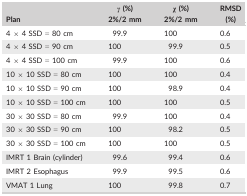
<table><thead><tr><td><b>Plan</b></td><td><b><i>γ</i> (%) 2%/2 mm</b></td><td><b><i>χ</i> (%) 2%/2 mm</b></td><td><b>RMSD (%)</b></td></tr></thead><tbody><tr><td>4 × 4 SSD = 80 cm</td><td>99.9</td><td>100</td><td>0.6</td></tr><tr><td>4 × 4 SSD = 90 cm</td><td>100</td><td>99.9</td><td>0.5</td></tr><tr><td>4 × 4 SSD = 100 cm</td><td>99.9</td><td>100</td><td>0.6</td></tr><tr><td>10 × 10 SSD = 80 cm</td><td>100</td><td>100</td><td>0.4</td></tr><tr><td>10 × 10 SSD = 90 cm</td><td>100</td><td>98.9</td><td>0.4</td></tr><tr><td>10 × 10 SSD = 100 cm</td><td>100</td><td>100</td><td>0.5</td></tr><tr><td>30 × 30 SSD = 80 cm</td><td>99.9</td><td>100</td><td>0.4</td></tr><tr><td>30 × 30 SSD = 90 cm</td><td>100</td><td>98.2</td><td>0.5</td></tr><tr><td>30 × 30 SSD = 100 cm</td><td>100</td><td>100</td><td>0.5</td></tr><tr><td>IMRT 1 Brain (cylinder)</td><td>99.6</td><td>99.4</td><td>0.6</td></tr><tr><td>IMRT 2 Esophagus</td><td>99.9</td><td>99.5</td><td>0.6</td></tr><tr><td>VMAT 1 Lung</td><td>100</td><td>99.8</td><td>0.7</td></tr></tbody></table>